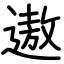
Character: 遨